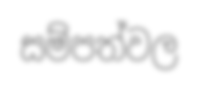
සම්පත්වල